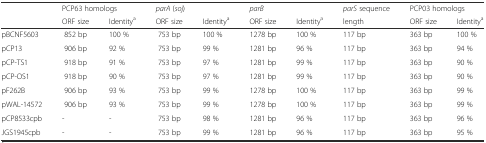
<table><thead><tr><td rowspan="2"></td><td colspan="2"><b>PCP63 homologs</b></td><td colspan="2"><b><i>parA</i> (<i>soj</i>)</b></td><td colspan="2"><b><i>parB</i></b></td><td><b><i>parS</i> sequence</b></td><td colspan="2"><b>PCP03 homologs</b></td></tr><tr><td><b>ORF size</b></td><td><b>Identity<sup>a</sup></b></td><td><b>ORF size</b></td><td><b>Identity<sup>a</sup></b></td><td><b>ORF size</b></td><td><b>Identity<sup>a</sup></b></td><td><b>length</b></td><td><b>ORF size</b></td><td><b>Identity<sup>a</sup></b></td></tr></thead><tbody><tr><td>pBCNF5603</td><td>852 bp</td><td>100 %</td><td>753 bp</td><td>100 %</td><td>1278 bp</td><td>100 %</td><td>117 bp</td><td>363 bp</td><td>100 %</td></tr><tr><td>pCP13</td><td>906 bp</td><td>92 %</td><td>753 bp</td><td>99 %</td><td>1281 bp</td><td>96 %</td><td>117 bp</td><td>363 bp</td><td>94 %</td></tr><tr><td>pCP-TS1</td><td>918 bp</td><td>91 %</td><td>753 bp</td><td>97 %</td><td>1281 bp</td><td>99 %</td><td>117 bp</td><td>363 bp</td><td>90 %</td></tr><tr><td>pCP-OS1</td><td>918 bp</td><td>90 %</td><td>753 bp</td><td>97 %</td><td>1281 bp</td><td>99 %</td><td>117 bp</td><td>363 bp</td><td>90 %</td></tr><tr><td>pF262B</td><td>906 bp</td><td>93 %</td><td>753 bp</td><td>99 %</td><td>1278 bp</td><td>100 %</td><td>117 bp</td><td>363 bp</td><td>99 %</td></tr><tr><td>pWAL-14572</td><td>906 bp</td><td>93 %</td><td>753 bp</td><td>99 %</td><td>1278 bp</td><td>100 %</td><td>117 bp</td><td>363 bp</td><td>99 %</td></tr><tr><td>pCP8533cpb</td><td>-</td><td>-</td><td>753 bp</td><td>98 %</td><td>1281 bp</td><td>96 %</td><td>117 bp</td><td>363 bp</td><td>96 %</td></tr><tr><td>JGS1945cpb</td><td>-</td><td>-</td><td>753 bp</td><td>99 %</td><td>1281 bp</td><td>96 %</td><td>117 bp</td><td>363 bp</td><td>95 %</td></tr></tbody></table>